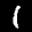
Label: 1